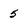
Character: 5